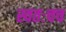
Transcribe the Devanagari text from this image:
स्वतःचच